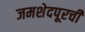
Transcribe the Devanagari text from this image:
जमशेदपूरची